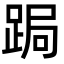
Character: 跼